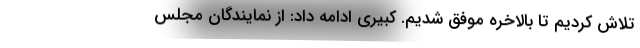
تلاش کردیم تا بالاخره موفق شدیم. کبیری ادامه داد: از نمایندگان مجلس